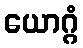
ယောဂ္ဂံ